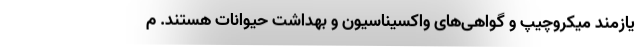
یازمند میکروچیپ و گواهی‌های واکسیناسیون و بهداشت حیوانات هستند. م